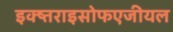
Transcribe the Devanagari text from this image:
इक्ष्तराइसोफएजीयल